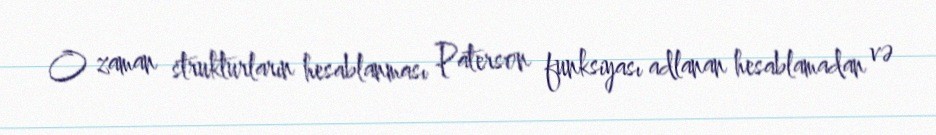
O zaman strukturların hesablanması Paterson funksiyası adlanan hesablamadan və